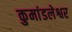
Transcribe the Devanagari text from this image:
कुमांडलेश्वर